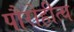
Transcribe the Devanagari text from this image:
पौरोहीत्य